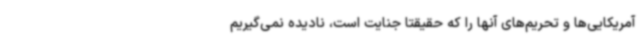
آمریکایی‌ها و تحریم‌های آنها را که حقیقتاً جنایت است، نادیده نمی‌گیریم